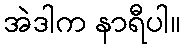
အဲဒါက နာရီပါ။